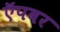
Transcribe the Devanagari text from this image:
ऍपवर